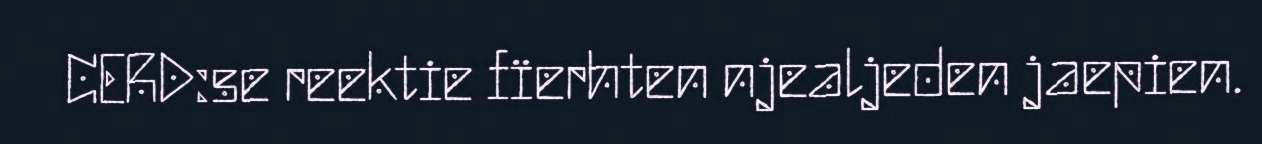
CERD:se reektie fïerhten njealjeden jaepien.